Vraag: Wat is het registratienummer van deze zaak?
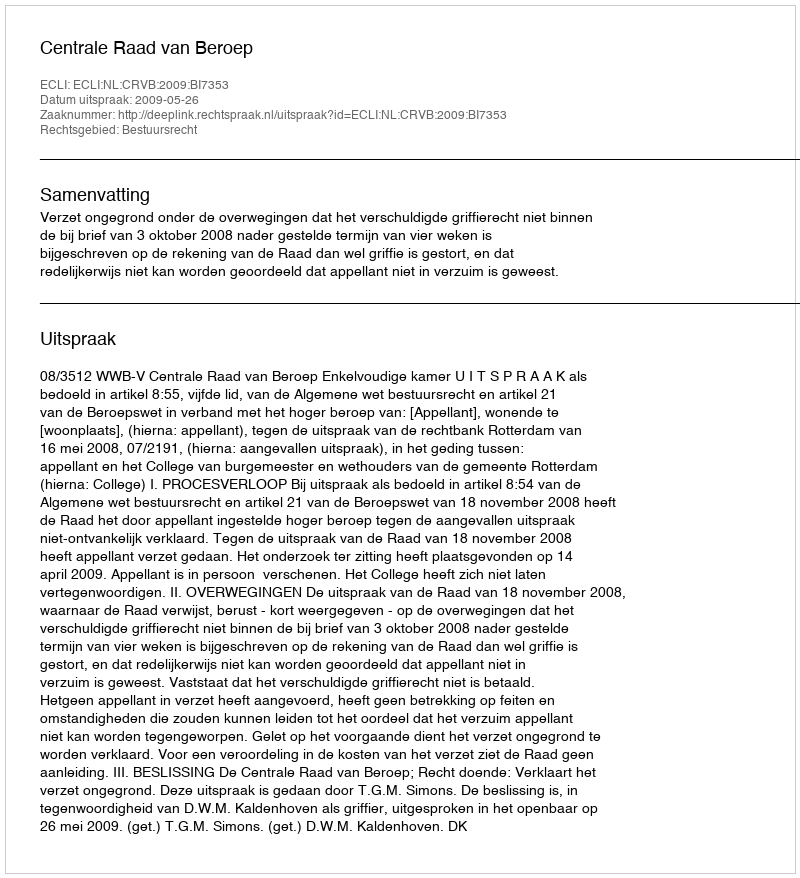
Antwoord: http://deeplink.rechtspraak.nl/uitspraak?id=ECLI:NL:CRVB:2009:BI7353